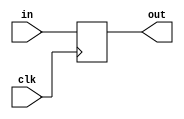
`timescale 1ns / 1ps
//////////////////////////////////////////////////////////////////////////////////
// Company: 
// Engineer: 
// 
// Design Name: 
// Module Name: pc
// Project Name: 
// Target Devices: 
// Tool Versions: 
// Description: 
// 
// Dependencies: 
// 
// Revision:
// Revision 0.01 - File Created
// Additional Comments:
// 
//////////////////////////////////////////////////////////////////////////////////


module pc(
    in,
    out,
    clk
    );
    
input clk;
input [31:0] in;
output reg [31:0] out;

always @(posedge clk)
begin
    out <= in;
end

initial begin
out = 32'd0;
end

endmodule